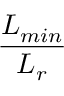
\frac { L _ { m i n } } { L _ { r } }